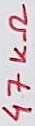
Text: 47KΩ